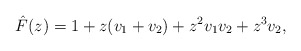
\begin{align*}\hat{F}(z)=1+z(v_1+v_2)+z^2 v_1v_2+z^3v_2,\end{align*}